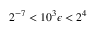
2 ^ { - 7 } < 1 0 ^ { 3 } \epsilon < 2 ^ { 4 }